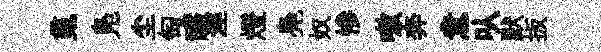
䰟鳬尘匋釅涇燈鳧奴慘嗷奔意㕥默扳